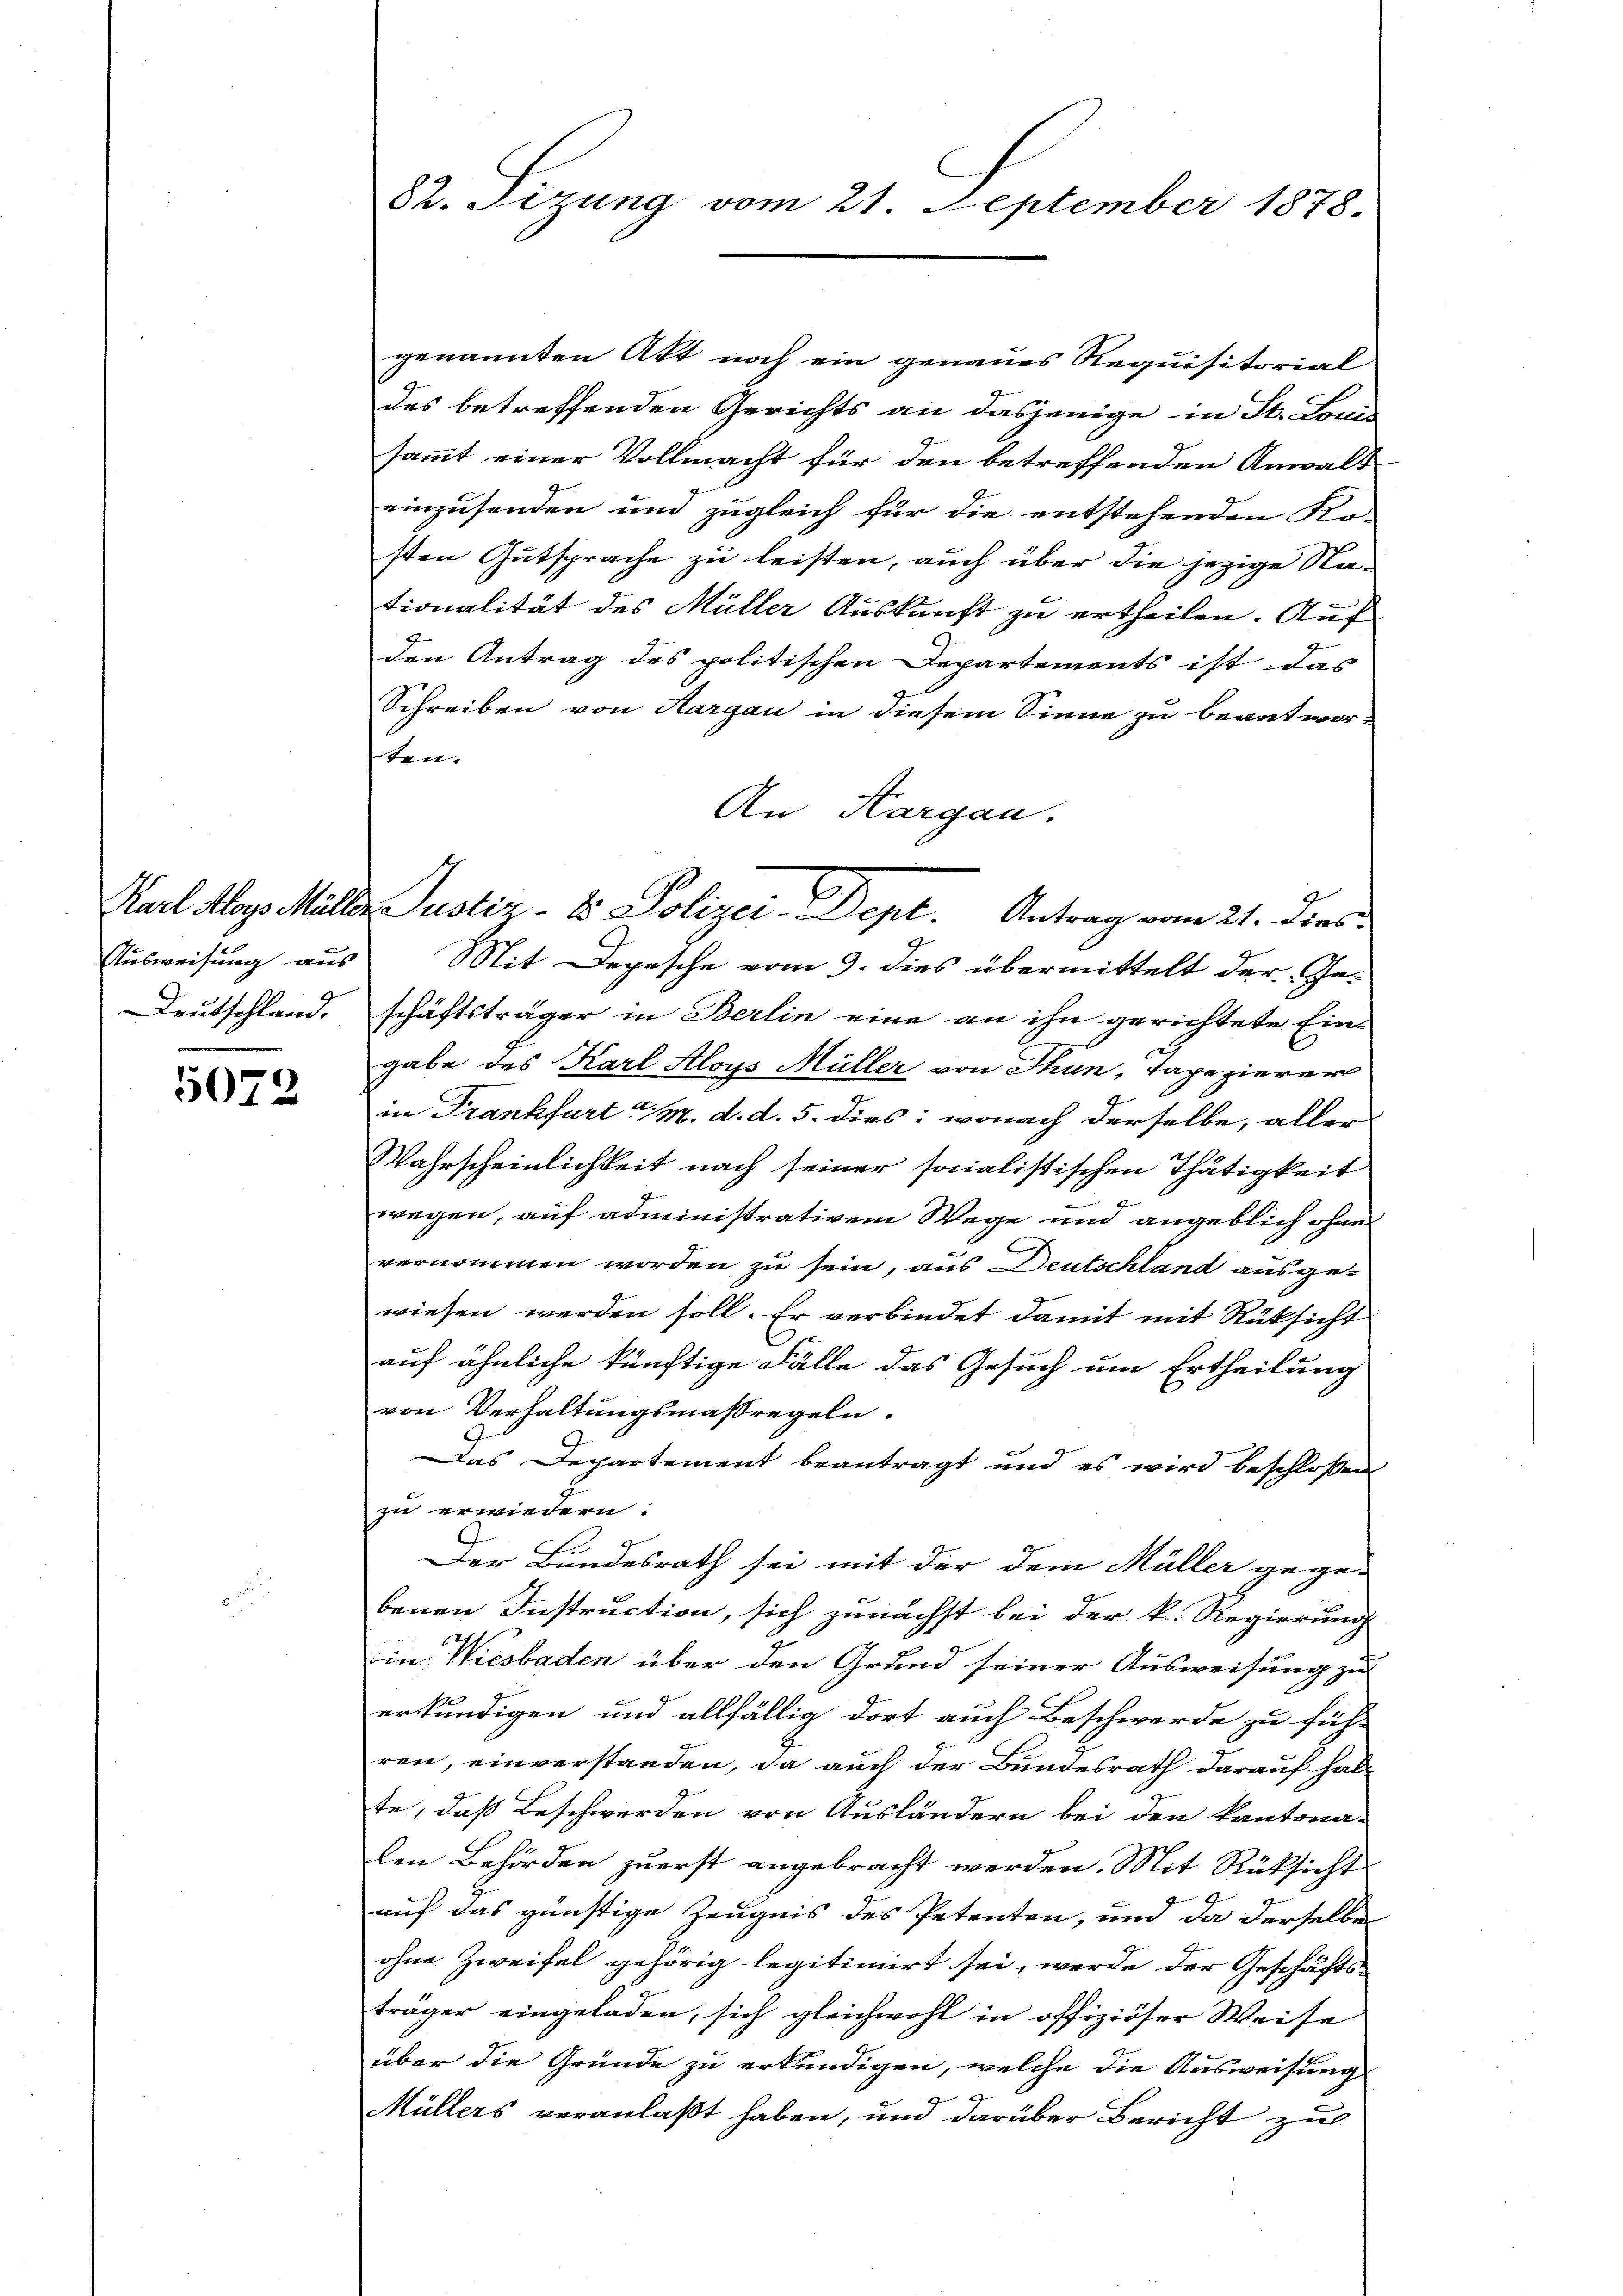
Deutschland.

5072

genannten Akt noch ein genaues Requisitorial
des betreffenden Gerichts an dasjenige in St. Brau
sammt einer Vollmacht für den betreffenden Anwalt
einzusenden und zugleich für die entstehenden Ko-
sten Gutsprache zu leisten, auch über die jezige Nationalität des Müller Auskunft zu ertheilen. Auf
den Antrag des politischen Departements ist das
Schreiben von Aargau in diesem Sinne zu beantwor-
ten. |
An Aargau.
Ausweisung aus Mit Depesche vom 9. dies übermittelt der Ge-
schäftsträger in Berlin eine an ihn gerichtete Eingabe des Karl Aloys Müller von Thun, Tapezierer
in Frankfurt a/M. d. d. 5. dies: wonach derselbe, aller
Wahrscheinlichkeit nach seiner socialistischen Thätigkeit
wegen, auf administrativem Wege und angeblich ohne
vernommen worden zu sein, aus Deutschland ausgewiesen werden soll. Er verbindet damit mit Rücksicht
auf ähnliche künftige Fälle das Gesuch um Ertheilung
von Verhaltungsmaßregeln.
Das Departement beantragt und es wird beschlossen
zu erwiedern:
Der Bundesrath sei mit der dem Müller gege-
benen Instruction, sich zunächst bei der k. Regierung
in Wiesbaden über den Grund seiner Ausweisung zu
erkundigen und allfällig dort auch Beschwerde zu füh-
ren, einverstanden, da auch der Bundesrath darauf halte, daß Beschwerden von Ausländern bei den kantona-
len Behörden zuerst angebracht werden. Mit Rüksicht
auf das günstige Zeugnis des Petenten, und da derselbe
ohne Zweifel gehörig legitimirt sei, werde der Geschäftsträger eingeladen, sich gleichwohl in offiziöser Weise
über die Gründe zu erkundigen, welche die Ausweisung
Müllers veranlaßt haben, und darüber Bericht zu

82. Sizung vom 21. September 1878.

Karl Moys Müller Justiz- & Polizei-Dept. Antrag vom 21. Dies